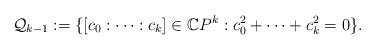
LaTeX: \begin{align*}{\mathcal Q}_{k-1}:=\{[c_0:\cdots:c_k]\in{\mathbb C}P^k:c_0^2+\cdots+c_k^2=0\}.\end{align*}